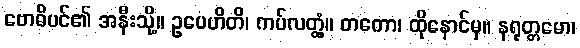
ဗောဓိပင်၏ အနီးသို့။ ဥပေဟိတိ၊ ကပ်လတ္တံ့။ တတော၊ ထိုနောင်မှ။ နရုတ္တမော၊